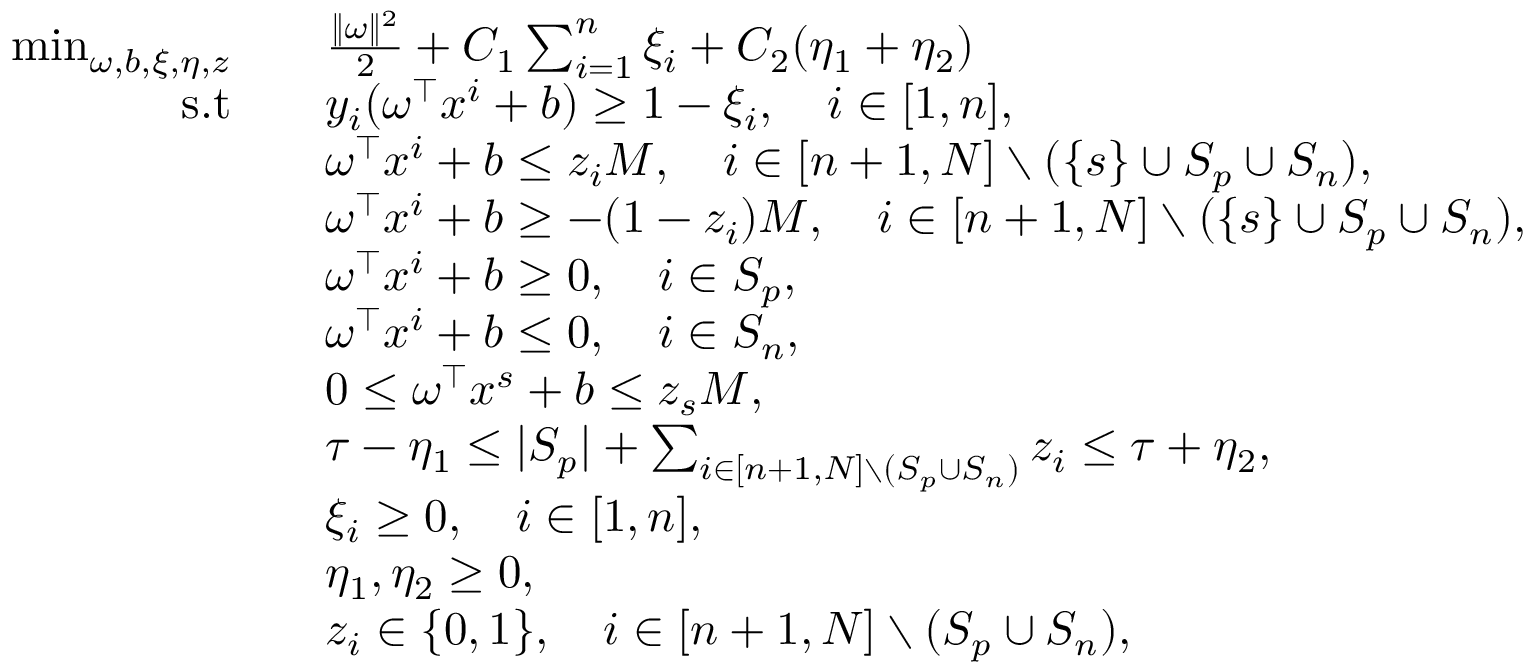
\begin{array} { r l } { \operatorname* { m i n } _ { \omega , b , \xi , \eta , z } \quad } & { \frac { \Vert \omega \Vert ^ { 2 } } { 2 } + C _ { 1 } \sum _ { i = 1 } ^ { n } \xi _ { i } + C _ { 2 } ( \eta _ { 1 } + \eta _ { 2 } ) } \\ { \mathrm { s . t } \quad } & { y _ { i } ( \omega ^ { \top } x ^ { i } + b ) \geq 1 - \xi _ { i } , \quad i \in [ 1 , n ] , } \\ & { \omega ^ { \top } x ^ { i } + b \leq z _ { i } M , \quad i \in [ n + 1 , N ] \setminus ( \{ s \} \cup S _ { p } \cup S _ { n } ) , } \\ & { \omega ^ { \top } x ^ { i } + b \geq - ( 1 - z _ { i } ) M , \quad i \in [ n + 1 , N ] \setminus ( \{ s \} \cup S _ { p } \cup S _ { n } ) , } \\ & { \omega ^ { \top } x ^ { i } + b \geq 0 , \quad i \in S _ { p } , } \\ & { \omega ^ { \top } x ^ { i } + b \leq 0 , \quad i \in S _ { n } , } \\ & { 0 \leq \omega ^ { \top } x ^ { s } + b \leq z _ { s } M , } \\ & { \tau - \eta _ { 1 } \leq \vert S _ { p } \vert + \sum _ { i \in [ n + 1 , N ] \setminus ( S _ { p } \cup S _ { n } ) } z _ { i } \leq \tau + \eta _ { 2 } , } \\ & { \xi _ { i } \geq 0 , \quad i \in [ 1 , n ] , } \\ & { \eta _ { 1 } , \eta _ { 2 } \geq 0 , } \\ & { z _ { i } \in \{ 0 , 1 \} , \quad i \in [ n + 1 , N ] \setminus ( S _ { p } \cup S _ { n } ) , } \end{array}